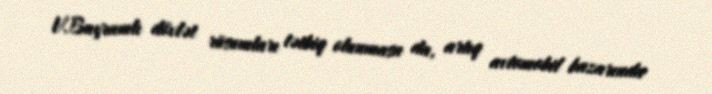
V.Bayramlı dövlət rüsumları tətbiq olunmasa da, artıq avtomobil bazarında